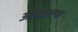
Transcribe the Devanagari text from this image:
ओळ्खल्या